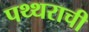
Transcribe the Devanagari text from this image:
पथ्थराची